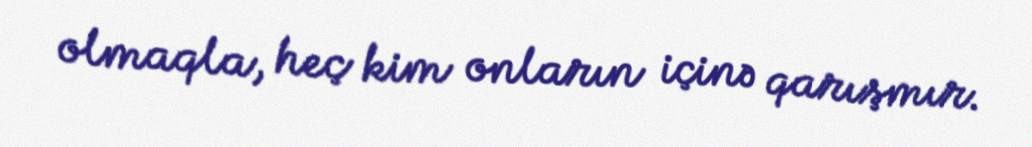
olmaqla, heç kim onların içinə qarışmır.